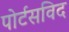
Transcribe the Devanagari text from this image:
पोर्टसविद